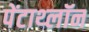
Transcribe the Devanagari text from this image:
पेंटाथ्लॉन